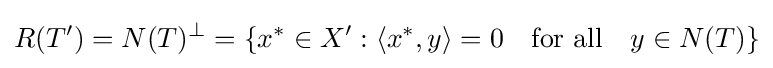
R(T')=N(T)^{\perp }=\left\{x^{*}\in X':\langle x^{*},y\rangle =0\quad {\text{for all}}\quad y\in N(T)\right\}